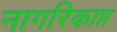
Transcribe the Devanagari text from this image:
नागरिकाप्त